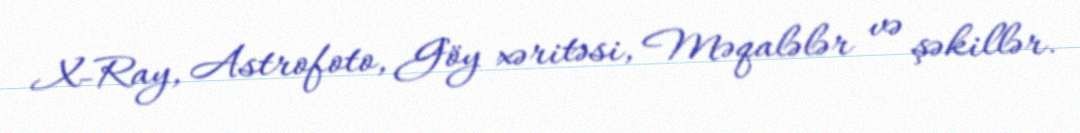
X-Ray, Astrofoto, Göy xəritəsi, Məqalələr və şəkillər.